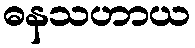
ဓနသဟာယ